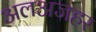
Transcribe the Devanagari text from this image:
अलअजहर